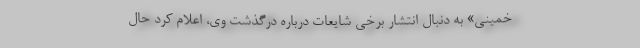
خمینی» به دنبال انتشار برخی شایعات درباره درگذشت وی، اعلام کرد حال